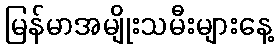
မြန်မာအမျိုးသမီးများနေ့